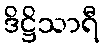
ဒိဋ္ဌိသာရီ